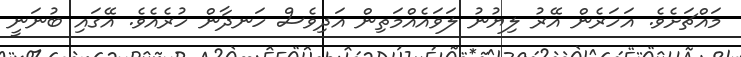
މައްޗަށެވެ. އަހަރެން އޭރު ލިޔުނު ލަވައެއްމަތިން އަދިވެސް ހަނދާން ހުރެއެވެ. އޭގައި ބުނަނީ